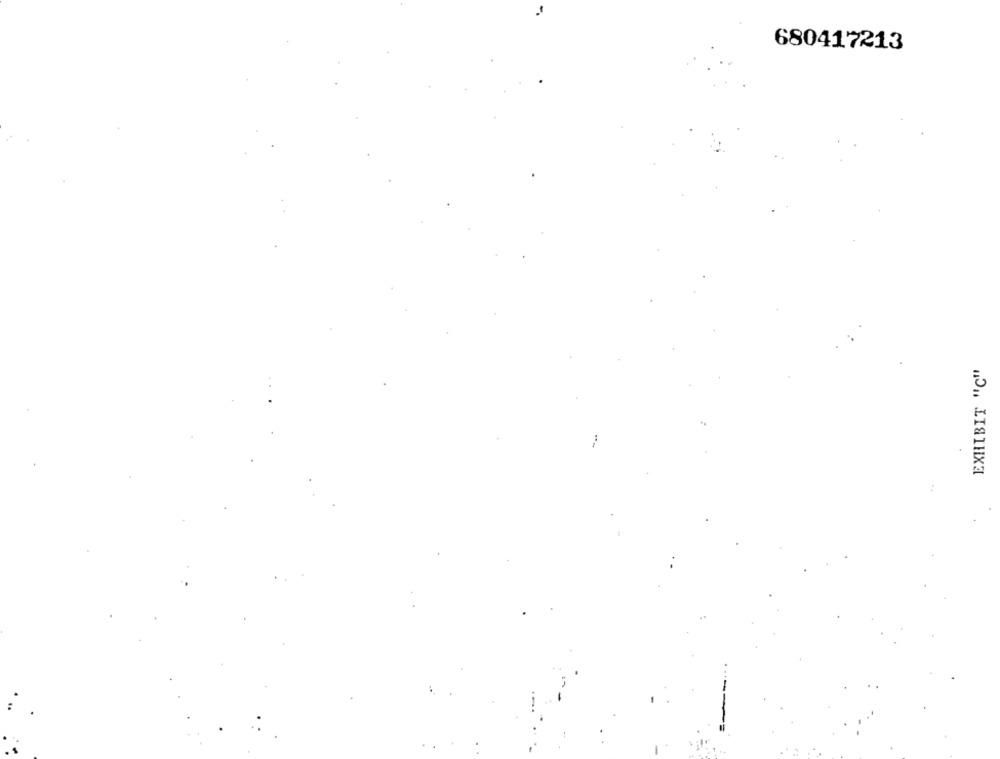
680417213
EXHIBIT "C"